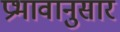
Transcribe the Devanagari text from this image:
प्रभावानुसार